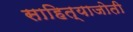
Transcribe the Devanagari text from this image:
साहित्याजोती